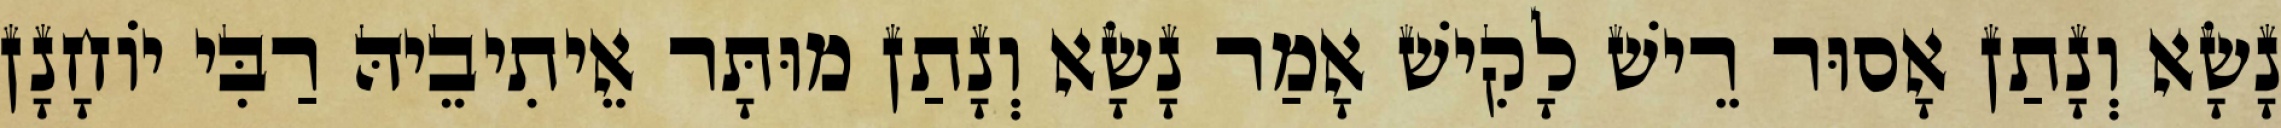
נָשָׂא וְנָתַן אָסוּר רֵישׁ לָקִישׁ אָמַר נָשָׂא וְנָתַן מוּתָּר אֵיתִיבֵיהּ רַבִּי יוֹחָנָן